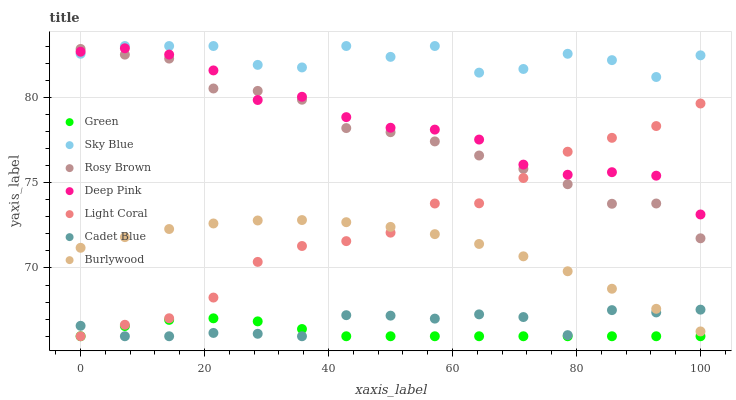
| xaxis_label | Green | Sky Blue | Rosy Brown | Deep Pink | Light Coral | Cadet Blue | Burlywood |
 | --- | --- | --- | --- | --- | --- | --- | --- |
 | 0 | 66 | 82.5 | 82.8 | 82.7 | 66 | 66.6 | 71.2 |
 | 7.14 | 66.6 | 83 | 82.5 | 82.9 | 66.7 | 66 | 71.8 |
 | 14.3 | 67 | 83 | 82.3 | 82.5 | 67.1 | 66 | 72.3 |
 | 21.4 | 67.1 | 83 | 80.5 | 81.6 | 68.3 | 66.2 | 72.6 |
 | 28.6 | 66.9 | 81.9 | 80.4 | 79.8 | 70.4 | 66.1 | 72.8 |
 | 35.7 | 66.4 | 81.7 | 79.9 | 80 | 71.3 | 66 | 72.8 |
 | 42.9 | 66 | 83 | 78.2 | 78.8 | 71.6 | 67.2 | 72.7 |
 | 50 | 66 | 82.4 | 78 | 78.2 | 72.1 | 67.2 | 72.4 |
 | 57.1 | 66 | 83 | 77.4 | 78.1 | 73.8 | 67 | 72 |
 | 64.3 | 66 | 81.4 | 76.6 | 77.5 | 73.8 | 67.3 | 71.4 |
 | 71.4 | 66 | 81.7 | 75.8 | 76.1 | 75.3 | 67.1 | 70.7 |
 | 78.6 | 66 | 82.5 | 74.9 | 75.5 | 76.8 | 66.1 | 69.8 |
 | 85.7 | 66 | 82.2 | 73.8 | 75.6 | 77.6 | 67.5 | 68.8 |
 | 92.9 | 66 | 81.2 | 73.8 | 75.4 | 78.3 | 67.4 | 67.6 |
 | 100 | 66 | 82.5 | 71.7 | 73.1 | 79.6 | 67.6 | 66.3 |